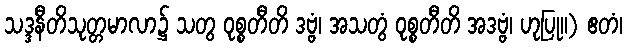
သဒ္ဒနီတိသုတ္တမာလာ၌ သတွ ဝုစ္စတီတိ ဒဗ္ဗံ၊ အသတွံ ဝုစ္စတီတိ အဒဗ္ဗံ၊ ဟုပြု။) ဧတံ၊